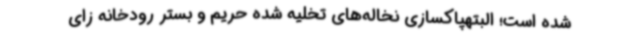
شده است؛ البتهپاکسازی نخاله‌های تخلیه شده حریم و بستر رودخانه زای